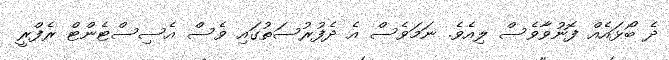
ދެ ބޯޅައެއް ފޮނުވާވެސް ލިއެވެ. ނަމަވެސް އެ ދެފުރުސަތުގައި ވެސް އެސިސްޓެންޓް ރެފްރީ